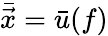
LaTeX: \bar{\vec{x}}=\bar{{u}}(f)